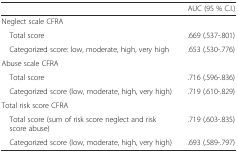
|  | AUC (95 % C.I.) |
 | --- | --- |
 | Neglect scale CFRA |  |
 | Total score | .669 (.537-.801) |
 | Categorized score: low, moderate, high, very high | .653 (.530-.776) |
 | Abuse scale CFRA |  |
 | Total score | .716 (.596-.836) |
 | Categorized score (low, moderate, high, very high) | .719 (.610-.829) |
 | Total risk score CFRA |  |
 | Total score (sum of risk score neglect and risk score abuse) | .719 (.603-.835) |
 | Categorized score (low, moderate, high, very high) | .693 (.589-.797) |